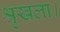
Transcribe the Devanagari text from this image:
श्रृखला।